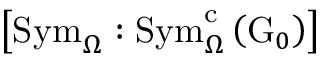
\left[ \mathrm { S y m } _ { \Omega } : \mathrm { S y m } _ { \Omega } ^ { \mathrm { c } } \left( \mathrm { G } _ { 0 } \right) \right]